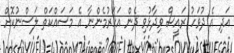
އަދި އެ ދުވަހު ރައީސް ވިދާޅުވި ދެން އަހަރުމެންނާ އެ މަސައްކަތް ލަސްނުކޮށް